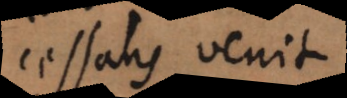
cessans venit.